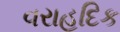
વરાહદિક